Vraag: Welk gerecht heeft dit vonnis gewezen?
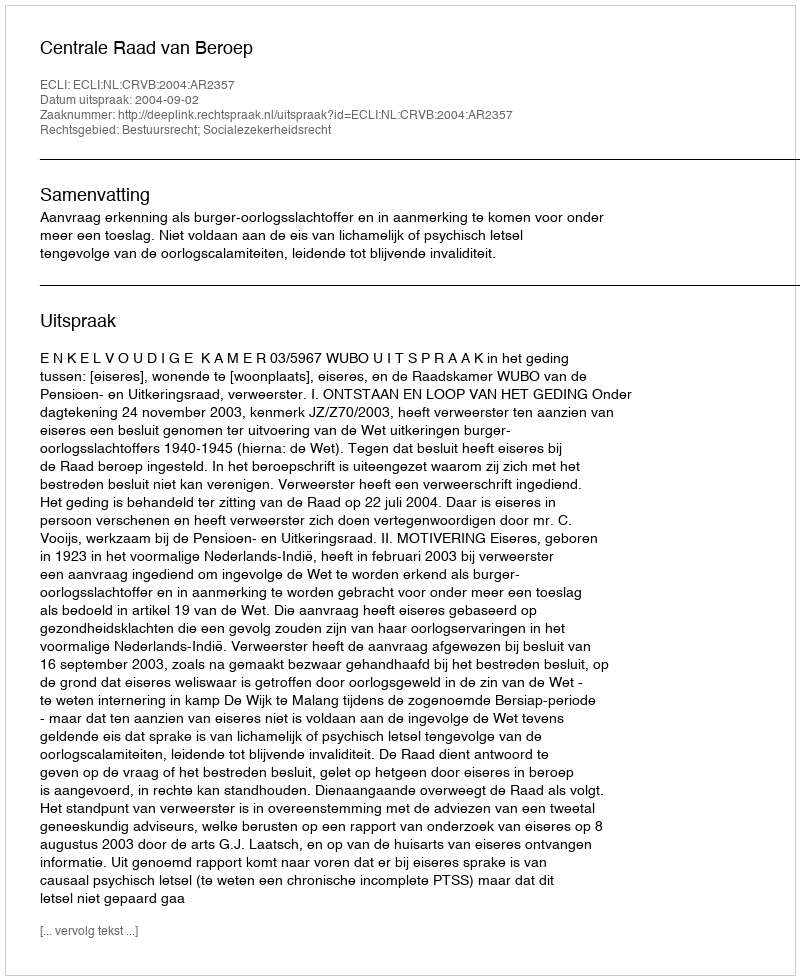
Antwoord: Centrale Raad van Beroep